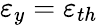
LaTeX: \varepsilon_{y}=\varepsilon_{th}